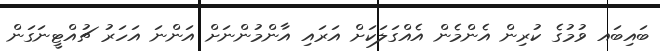
ބައިބައ ވުމުގެ ކުރިން އެންމެން އެއްގަލަކަށް އަރައި އާންމުންނަށް އަންނަ އަހަރު ޗުއްޓީނަގަން